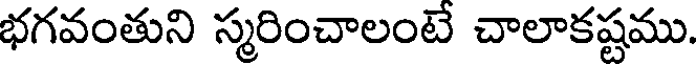
భగవంతుని స్మరించాలంటే చాలాకష్టము.